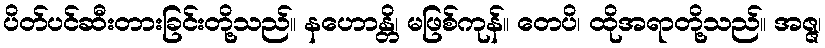
ပိတ်ပင်ဆီးတားခြင်းတို့သည်။ နဟောန္တိ၊ မဖြစ်ကုန်။ တေပိ၊ ထိုအရာတို့သည်။ အဇ္ဇ၊